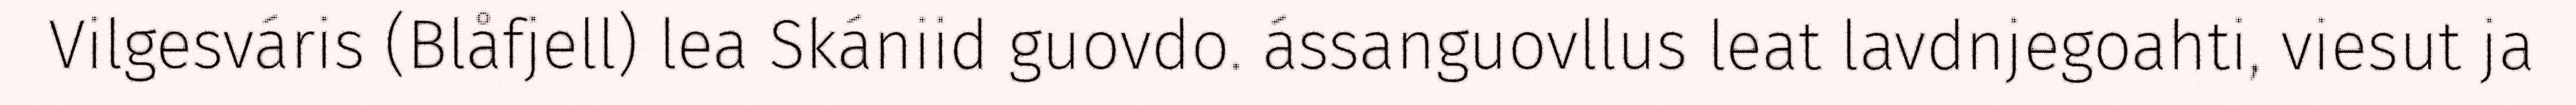
Vilgesváris (Blåfjell) lea Skániid guovdo. ássanguovllus leat lavdnjegoahti, viesut ja